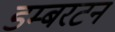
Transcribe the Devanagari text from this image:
डम्बरटन